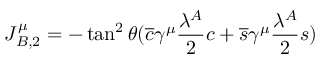
J _ { B , 2 } ^ { \mu } = - \tan ^ { 2 } { \theta } ( \overline { { { c } } } \gamma ^ { \mu } \frac { \lambda ^ { A } } { 2 } c + \overline { { { s } } } \gamma ^ { \mu } \frac { \lambda ^ { A } } { 2 } s )